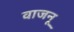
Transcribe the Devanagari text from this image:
वाजनू